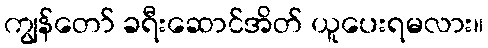
ကျွန်တော် ခရီးဆောင်အိတ် ယူပေးရမလား။